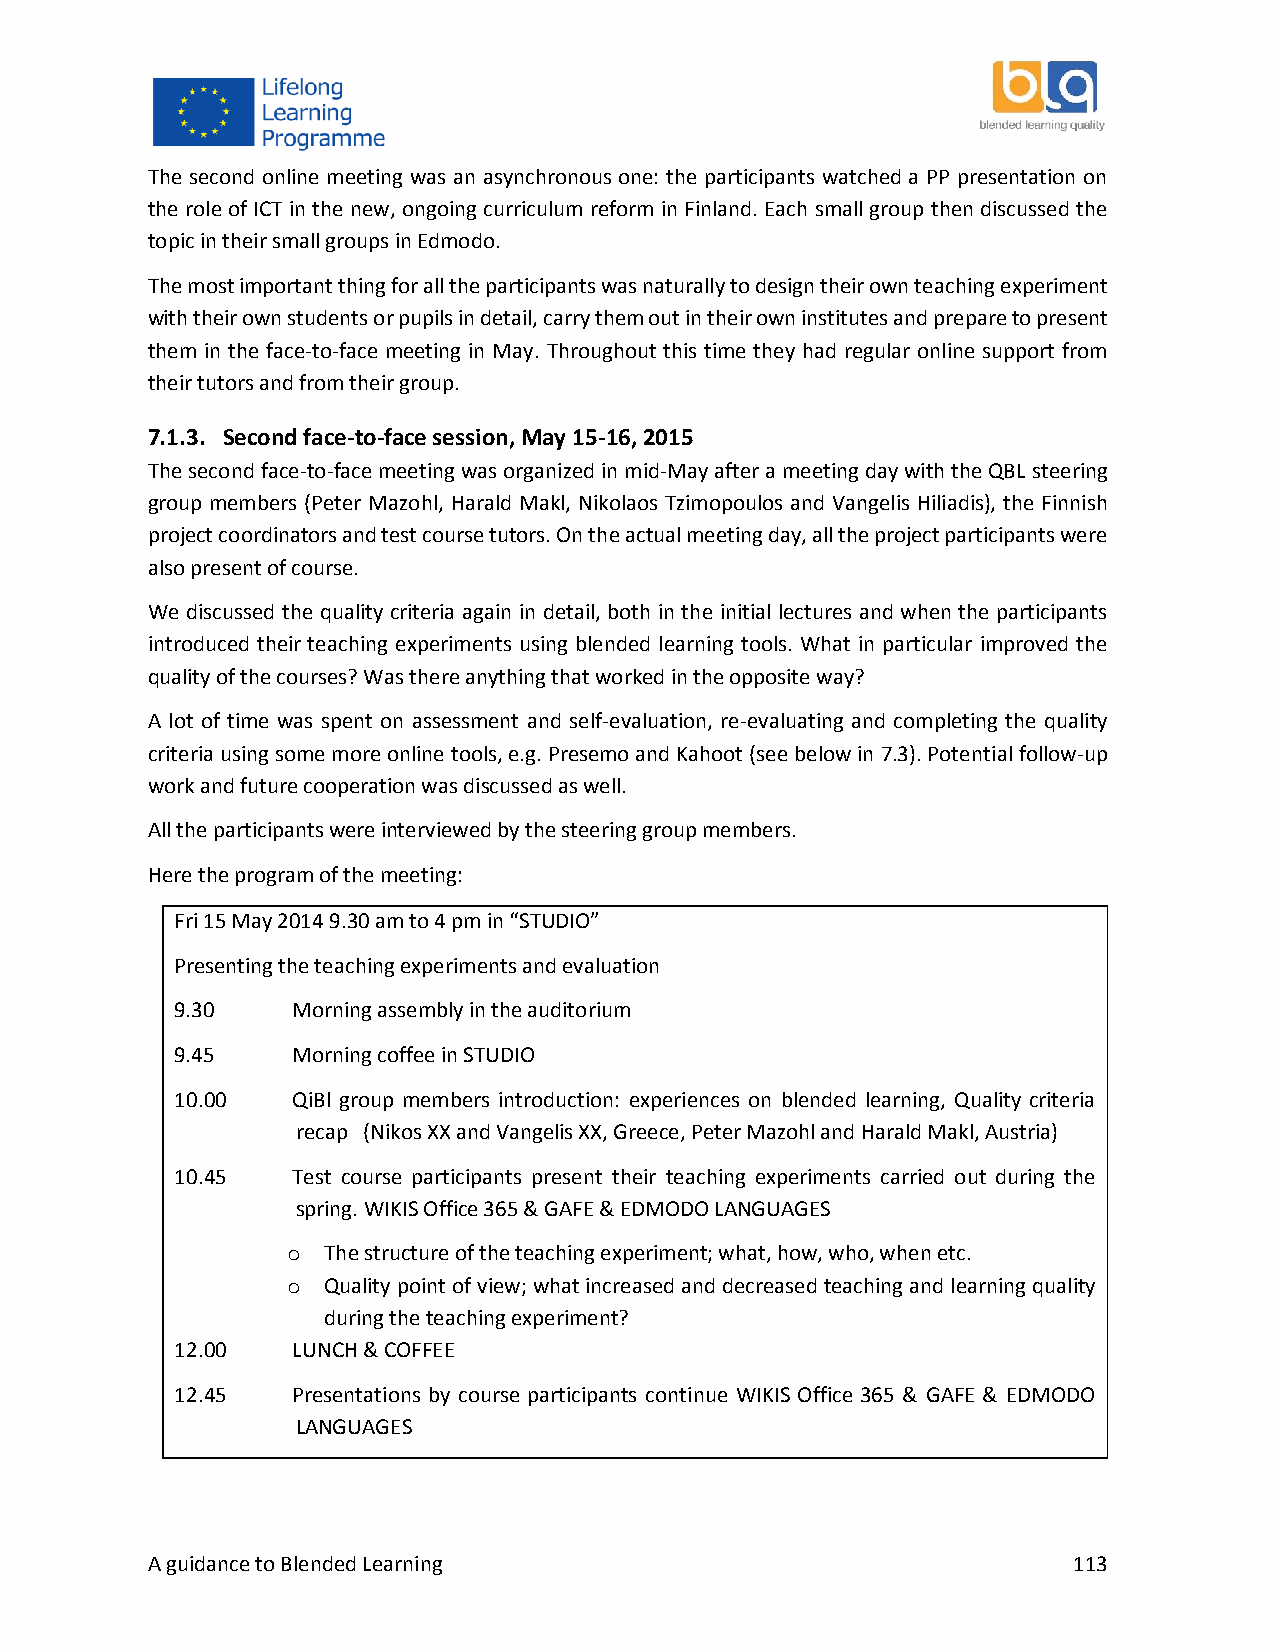
The second online meeting was an asynchronous one: the participants watched a PP presentation on
 the role of ICT in the new, ongoing curriculum reform in Finland. Each small group then discussed the
 topic in their small groups in Edmodo.
 The most important thing for all the participants was naturally to design their own teaching experiment
 with their own students or pupils in detail, carry them out in their own institutes and prepare to present
 them in the face-to-face meeting in May. Throughout this time they had regular online support from
 their tutors and from their group.
 7.1.3. Second face-to-face session, May 15-16, 2015
 The second face-to-face meeting was organized in mid-May after a meeting day with the QBL steering
 group members (Peter Mazohl, Harald Makl, Nikolaos Tzimopoulos and Vangelis Hiliadis), the Finnish
 project coordinators and test course tutors. On the actual meeting day, all the project participants were
 also present of course.
 We discussed the quality criteria again in detail, both in the initial lectures and when the participants
 introduced their teaching experiments using blended learning tools. What in particular improved the
 quality of the courses? Was there anything that worked in the opposite way?
 A lot of time was spent on assessment and self-evaluation, re-evaluating and completing the quality
 criteria using some more online tools, e.g. Presemo and Kahoot (see below in 7.3). Potential follow-up
 work and future cooperation was discussed as well.
 All the participants were interviewed by the steering group members.
 Here the program of the meeting:
 Fri 15 May 2014 9.30 am to 4 pm in “STUDIO”
 Presenting the teaching experiments and evaluation
 9.30   Morning assembly in the auditorium
 9.45   Morning coffee in STUDIO
 10.00  QiBl group members introduction: experiences on blended learning, Quality criteria
 recap (Nikos XX and Vangelis XX, Greece, Peter Mazohl and Harald Makl, Austria)
 10.45  Test course participants present their teaching experiments carried out during the
 spring. WIKIS Office 365 & GAFE & EDMODO LANGUAGES
 o The structure of the teaching experiment; what, how, who, when etc.
 o Quality point of view; what increased and decreased teaching and learning quality
 during the teaching experiment?
 12.00  LUNCH & COFFEE
 12.45  Presentations by course participants continue WIKIS Office 365 & GAFE & EDMODO
 LANGUAGES
 A guidance to Blended Learning                               113